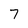
Character: 7